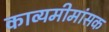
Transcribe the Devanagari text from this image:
काव्यमीमांसक